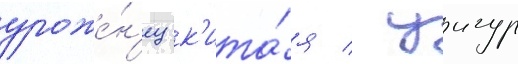
уроже́н'ец к'ита́я / уигур